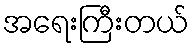
အရေးကြီးတယ်